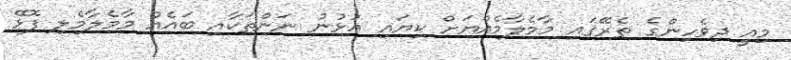
މިއީ ދިވެހިންގެ ތެރޭގައި މާމެލާމެއްޔަށް ކިޔައި އުޅުނު ނަންތަކާއި ބައެއް މާމެލާމެލި ފޮޅޭ